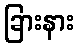
ခြားနား